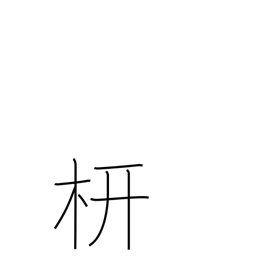
Meaning: rafter